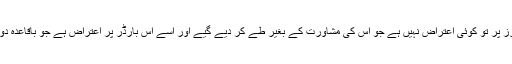
حیرت ہے اب افغانستان کو باقی بارڈرز پر تو کوئی اعتراض نہیں ہے جو اس کی مشاورت کے بغیر طے کر دیے گیے اور اسے اس بارڈر پر اعتراض ہے جو باقاعدہ دو طرفہ مذاکرات کے بعد وجود میں آیا۔